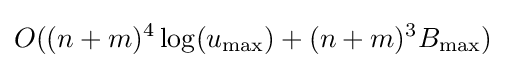
O((n+m)^{4}\log(u_{\max })+(n+m)^{3}B_{\max })